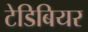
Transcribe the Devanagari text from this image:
टेडिबियर